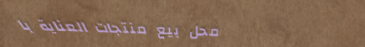
محل بيع منتجات العناية با